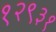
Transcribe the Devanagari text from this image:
१२९३१